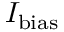
I _ { \mathrm { b i a s } }